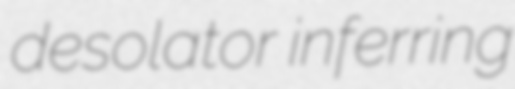
desolator inferring